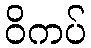
ဝိကပ်